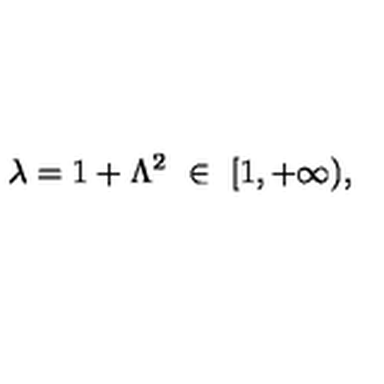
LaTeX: \lambda = 1 + \Lambda ^ { 2 } \ \in \ [ 1 , + \infty ) ,